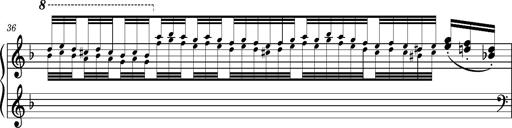
Title: Ungarischer Romanzero
Composer: Franz Liszt